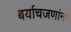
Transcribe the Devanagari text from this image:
बर्याचजणांना